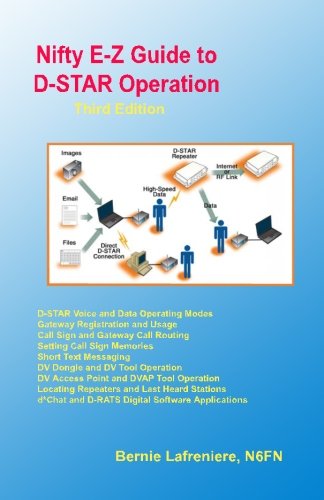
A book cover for Nifty E-Z Guide to D-STAR Operation; Bernie Lafreniere; Crafts, Hobbies & Home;